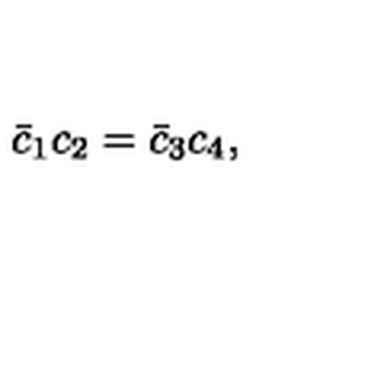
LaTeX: \bar { c } _ { 1 } c _ { 2 } = \bar { c } _ { 3 } c _ { 4 } ,